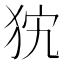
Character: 𤝨